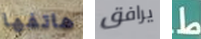
هاتفها يرافق ط